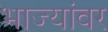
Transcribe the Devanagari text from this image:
भाज्यांवर